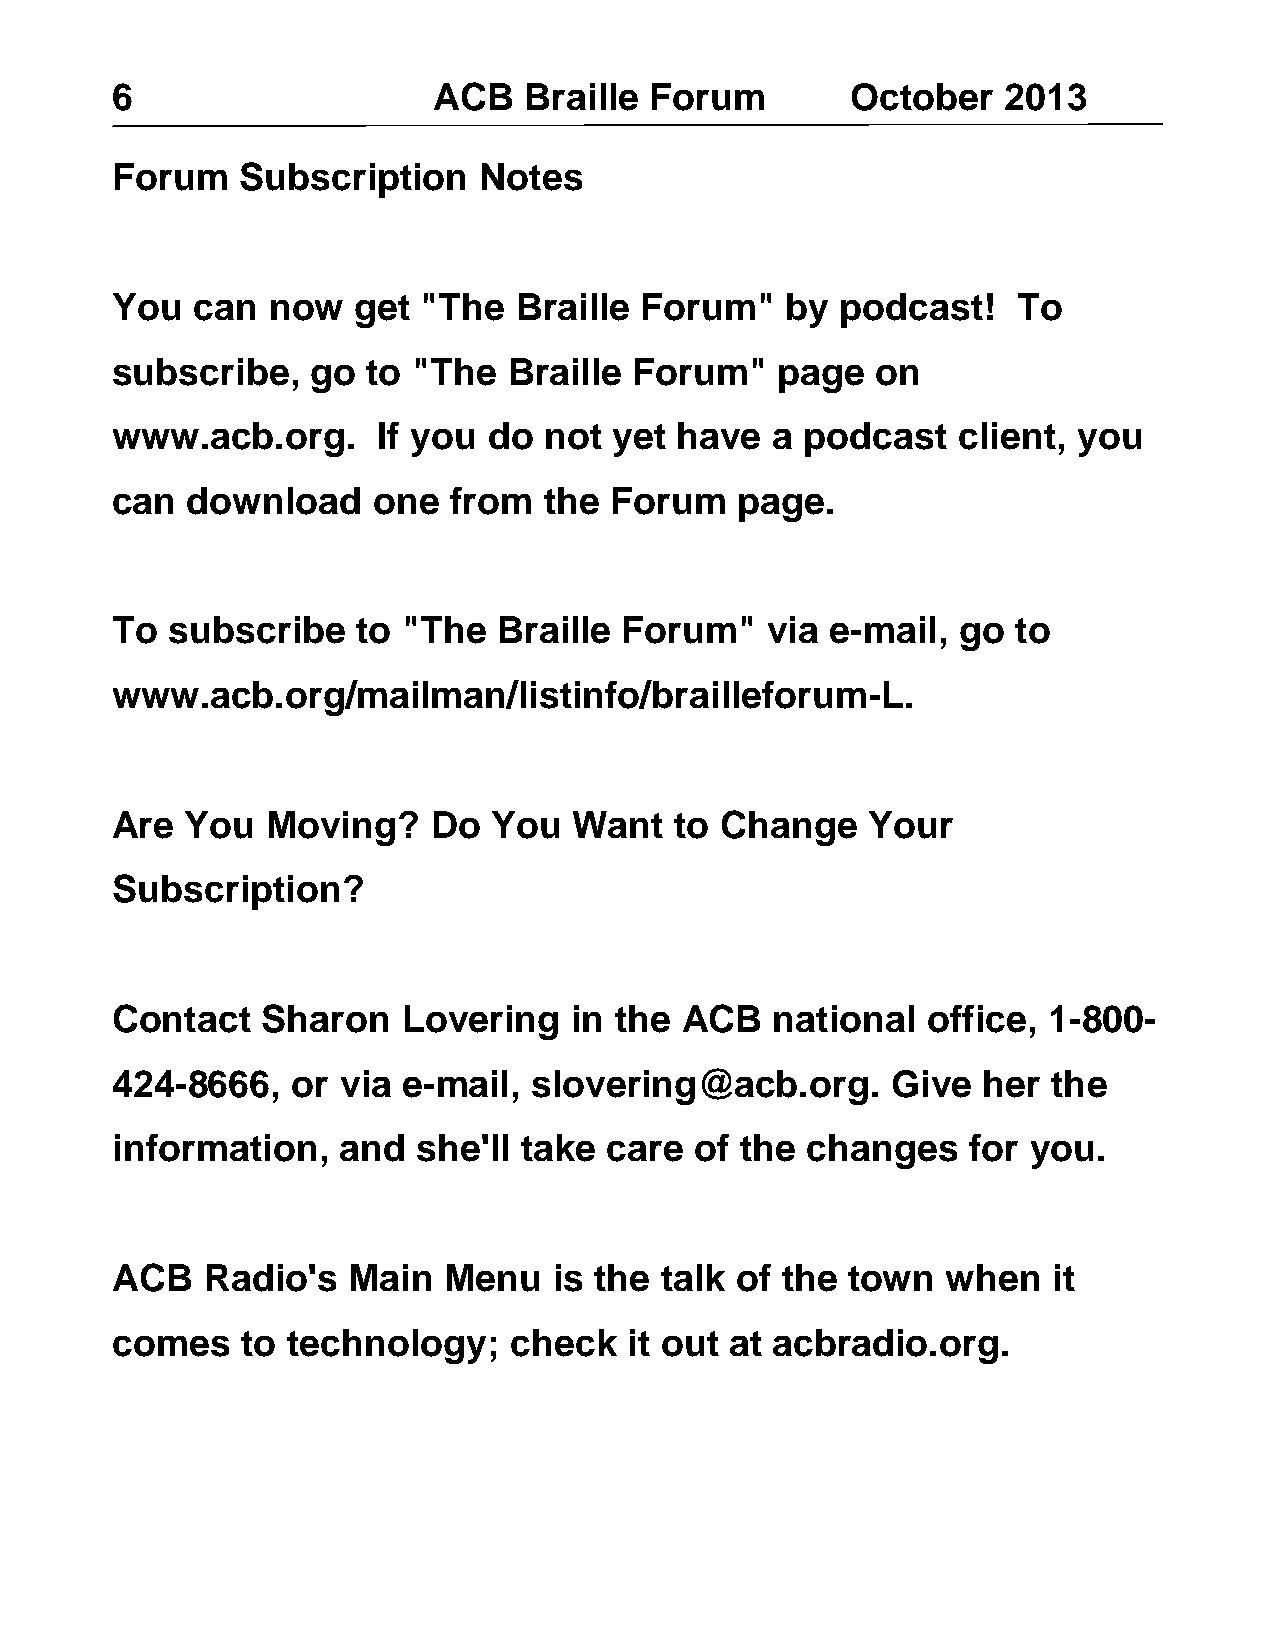
6                     ACB   Braille Forum        October   2013
 Forum    Subscription    Notes
 You   can  now  get  "The  Braille Forum"    by  podcast!   To
 subscribe,    go to "The   Braille Forum"   page   on
 www.acb.org.      If you do  not  yet have  a podcast   client, you
 can  download     one  from  the Forum    page.
 To  subscribe    to "The  Braille Forum"    via e-mail, go  to
 www.acb.org/mailman/listinfo/brailleforum-L.
 Are  You   Moving?    Do  You  Want   to Change    Your
 Subscription?
 Contact   Sharon    Lovering   in the ACB   national  office, 1-800-
 424-8666,   or  via e-mail, slovering@acb.org.      Give  her  the
 information,   and   she'll take care  of the changes    for you.
 ACB   Radio's   Main  Menu    is the talk of the town   when   it
 comes    to technology;    check   it out at acbradio.org.